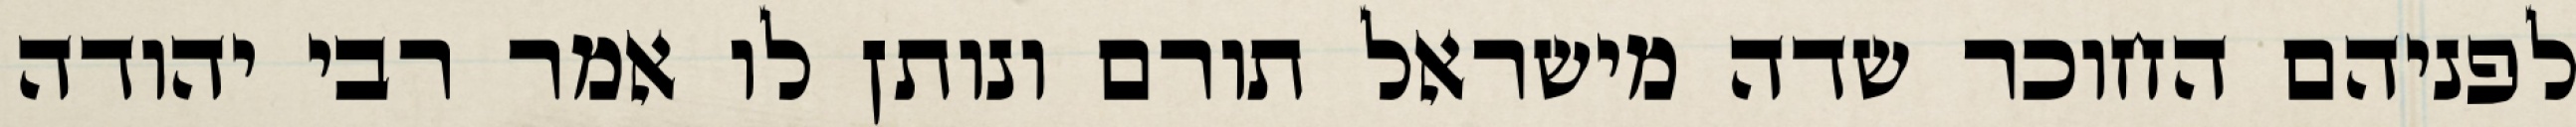
לפניהם החוכר שדה מישראל תורם ונותן לו אמר רבי יהודה